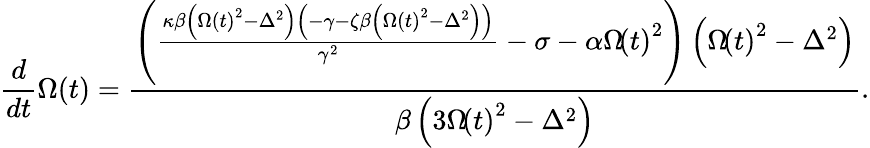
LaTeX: \frac{d}{dt}\Omega\! \left(t\right)=\frac{\left(\frac{\kappa\beta\left(\Omega\left(t\right)^{2}-\Delta^{2}\right)\left(-\gamma-\zeta\beta\left(\Omega\left(t\right)^{2}-\Delta^{2}\right)\right)}{\gamma^{2}}-\sigma-\alpha\Omega\! \left(t\right)^{2}\right)\left(\Omega\! \left(t\right)^{2}-\Delta^{2}\right)}{\beta\left(3\Omega\! \left(t\right)^{2}-\Delta^{2}\right)}.